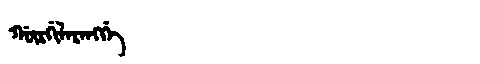
Manchu: ᡤᡡᡵᡤᡳᠯᠠᡵᠠᠩᡤᡝ
Romanization: GŪRGILARANGGE